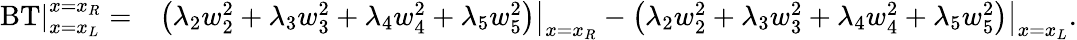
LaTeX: \begin{array}{rl}{\left.\operatorname{BT}\right|_{x=x_{L}}^{x=x_{R}}=}&{\left.\left(\lambda_{2}{w}_{2}^{2}+\lambda_{3}{w}_{3}^{2}+\lambda_{4}{w}_{4}^{2}+\lambda_{5}{w}_{5}^{2}\right)\right|_{x=x_{R}}-\left.\left(\lambda_{2}{w}_{2}^{2}+\lambda_{3}{w}_{3}^{2}+\lambda_{4}{w}_{4}^{2}+\lambda_{5}{w}_{5}^{2}\right)\right|_{x=x_{L}}.}\end{array}